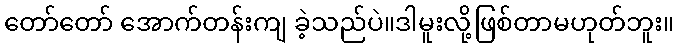
တော်တော် အောက်တန်းကျ ခဲ့သည်ပဲ။ဒါမူးလို့ဖြစ်တာမဟုတ်ဘူး။